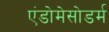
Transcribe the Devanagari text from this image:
एंडोमेसोडर्म